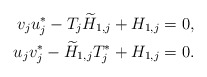
\begin{align*} v_j u_j^*-T_j\widetilde H_{1,j}+H_{1,j}=0, \\ u_j v_j^* - \widetilde H_{1,j}T_j^* +H_{1,j}=0. \end{align*}